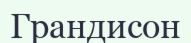
Грандисон